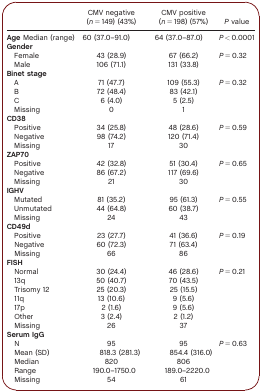
<table><thead><tr><td></td><td><b>CMV negative (<i>n</i> = 149) (43%)</b></td><td><b>CMV positive (<i>n</i> = 198) (57%)</b></td><td><b><i>P</i> value</b></td></tr></thead><tbody><tr><td><b>Age</b> Median (range)</td><td>60 (37.0–91.0)</td><td>64 (37.0–87.0)</td><td><i>P</i> &lt; 0.0001</td></tr><tr><td><b>Gender</b></td><td></td><td></td><td></td></tr><tr><td>Female</td><td>43 (28.9)</td><td>67 (66.2)</td><td rowspan="2"><i>P</i> = 0.32</td></tr><tr><td>Male</td><td>106 (71.1)</td><td>131 (33.8)</td></tr><tr><td><b>Binet stage</b></td><td></td><td></td><td></td></tr><tr><td>A</td><td>71 (47.7)</td><td>109 (55.3)</td><td rowspan="4"><i>P</i> = 0.32</td></tr><tr><td>B</td><td>72 (48.4)</td><td>83 (42.1)</td></tr><tr><td>C</td><td>6 (4.0)</td><td>5 (2.5)</td></tr><tr><td>Missing</td><td>0</td><td>1</td></tr><tr><td><b>CD38</b></td><td></td><td></td><td></td></tr><tr><td>Positive</td><td>34 (25.8)</td><td>48 (28.6)</td><td rowspan="3"><i>P</i> = 0.59</td></tr><tr><td>Negative</td><td>98 (74.2)</td><td>120 (71.4)</td></tr><tr><td>Missing</td><td>17</td><td>30</td></tr><tr><td><b>ZAP70</b></td><td></td><td></td><td></td></tr><tr><td>Positive</td><td>42 (32.8)</td><td>51 (30.4)</td><td rowspan="3"><i>P</i> = 0.65</td></tr><tr><td>Negative</td><td>86 (67.2)</td><td>117 (69.6)</td></tr><tr><td>Missing</td><td>21</td><td>30</td></tr><tr><td><b>IGHV</b></td><td></td><td></td><td></td></tr><tr><td>Mutated</td><td>81 (35.2)</td><td>95 (61.3)</td><td rowspan="3"><i>P</i> = 0.55</td></tr><tr><td>Unmutated</td><td>44 (64.8)</td><td>60 (38.7)</td></tr><tr><td>Missing</td><td>24</td><td>43</td></tr><tr><td><b>CD49d</b></td><td></td><td></td><td></td></tr><tr><td>Positive</td><td>23 (27.7)</td><td>41 (36.6)</td><td rowspan="3"><i>P</i> = 0.19</td></tr><tr><td>Negative</td><td>60 (72.3)</td><td>71 (63.4)</td></tr><tr><td>Missing</td><td>66</td><td>86</td></tr><tr><td><b>FISH</b></td><td></td><td></td><td></td></tr><tr><td>Normal</td><td>30 (24.4)</td><td>46 (28.6)</td><td rowspan="7"><i>P</i> = 0.21</td></tr><tr><td>13q</td><td>50 (40.7)</td><td>70 (43.5)</td></tr><tr><td>Trisomy 12</td><td>25 (20.3)</td><td>25 (15.5)</td></tr><tr><td>11q</td><td>13 (10.6)</td><td>9 (5.6)</td></tr><tr><td>17p</td><td>2 (1.6)</td><td>9 (5.6)</td></tr><tr><td>Other</td><td>3 (2.4)</td><td>2 (1.2)</td></tr><tr><td>Missing</td><td>26</td><td>37</td></tr><tr><td><b>Serum IgG</b></td><td></td><td></td><td></td></tr><tr><td>N</td><td>95</td><td>95</td><td rowspan="5"><i>P</i> = 0.63</td></tr><tr><td>Mean (SD)</td><td>818.3 (281.3)</td><td>854.4 (316.0)</td></tr><tr><td>Median</td><td>820</td><td>806</td></tr><tr><td>Range</td><td>190.0–1750.0</td><td>189.0–2220.0</td></tr><tr><td>Missing</td><td>54</td><td>61</td></tr></tbody></table>